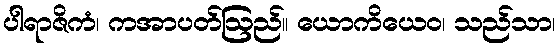
ပါရာဇိကံ၊ ကအာပတ်ဩည်။ ယောကိယေဝ၊ သည်သာ၊